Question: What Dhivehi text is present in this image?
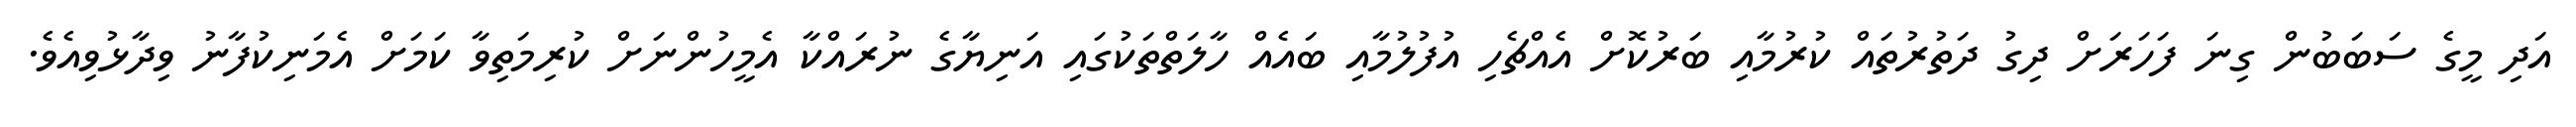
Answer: އަދި މީގެ ސަބަބުން ގިނަ ފަހަރަށް ދިގު ދަތުރުތައް ކުރުމާއި ބަރުކޮށް އެއްޗެހި އުފުލުމާއި ބައެއް ހާލަތްތަކުގައި އަނިޔާގެ ނުރައްކާ އެމީހުންނަށް ކުރިމަތިވާ ކަމަށް އެމަނިކުފާނު ވިދާޅުވިއެވެ.